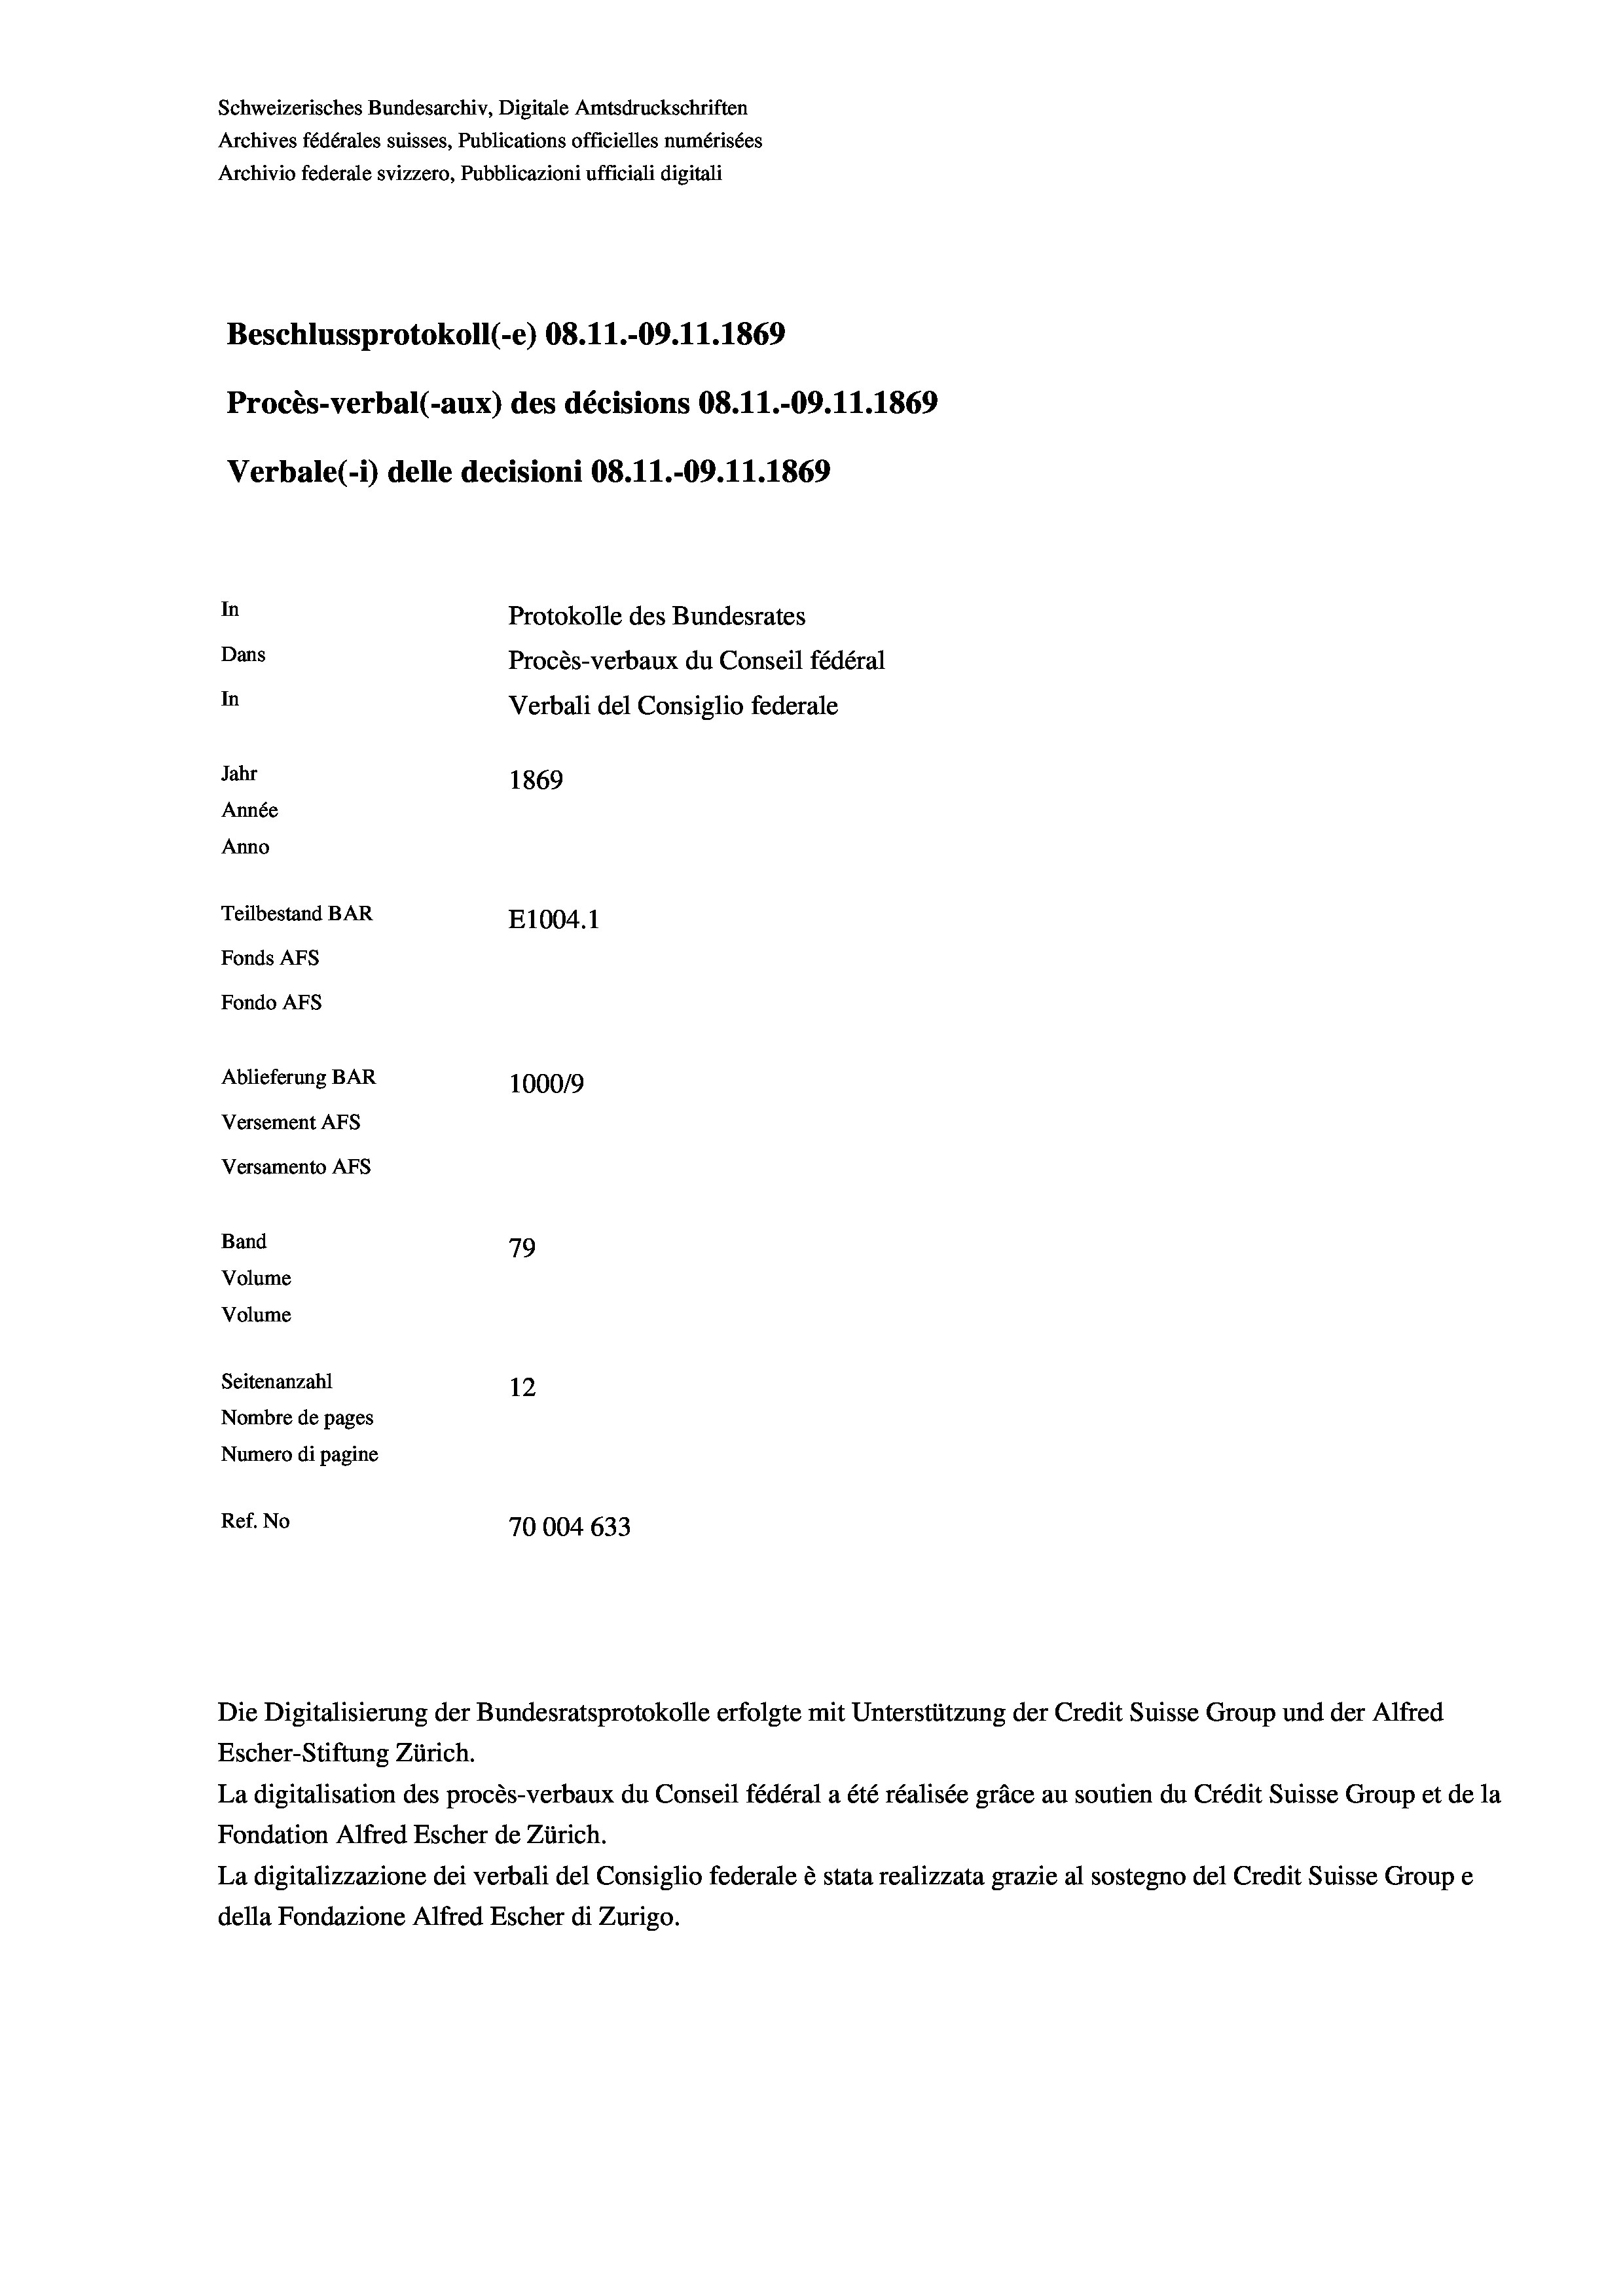
Schweizerisches Bundesarchiv, Digitale Amtsdruckschriften
Archives fédérales suisses, Publications officielles numérisées
Archivio federale svizzero, Pubblicazioni ufficiali digitali
Beschlussprotokoll (-e) 08.11.-09. 11. 1869
Procès-verbal (-aux) des décisions 08.11.-09. 11. 1869
Verbale(-*) delle decisioni 08.11.-09. 11. 1869
In
Protokolle des Bundesrates
Dans
Procès-verbaux du Conseil fédéral
In
Verbali del Consiglio federale
Jahr
1869
Année
Anno
Teilbestand BAR
E1004. 1
Fonds AFs
Fondo AFS
Ablieferung BAR
1000/9
Versement As
Versamento AFs
Band
79
Volume
Volume

Seitenanzahl
12
Nombre de pages
Numero di pagine
Ref. No
70004 633

Die Digitalisierung der Bundesratsprotokolle erfolgte mit Unterstützung der Credit Suisse Group und der Alfred

Escher-Stiftung Zürich.
La digitalisation des procès-verbaux du Conseil fédéral a été réalisée gräce au soutien du Crédit Suisse Group et de la
Fondation Alfred Escher de Zürich.
La digitalizzazione dei verbali del Consiglio federale è stata realizzata grazie al sostegno del Credit Suisse Groupe
della Fondazione Alfred Escher di Zurigo.